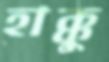
হাক্কু